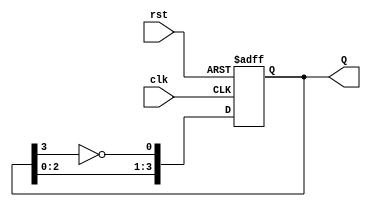
module modified_johnson_counter #(
    parameter N = 4  // Number of flip-flops
)(
    input wire clk,   // Clock signal
    input wire rst,   // Asynchronous reset signal
    output reg [N-1:0] Q // Output state of the counter
);

    // Internal signal for feedback
    wire feedback;

    // Invert the last flip-flop output for feedback
    assign feedback = ~Q[N-1];

    always @(posedge clk or posedge rst) begin
        if (rst) begin
            // Reset the counter to all zeros
            Q <= 0;
        end else begin
            // Shift the current state and apply feedback
            Q <= {Q[N-2:0], feedback};
        end
    end

endmodule